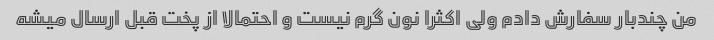
من چندبار سفارش دادم ولی اکثرا نون گرم نیست و احتمالا از پخت قبل ارسال میشه